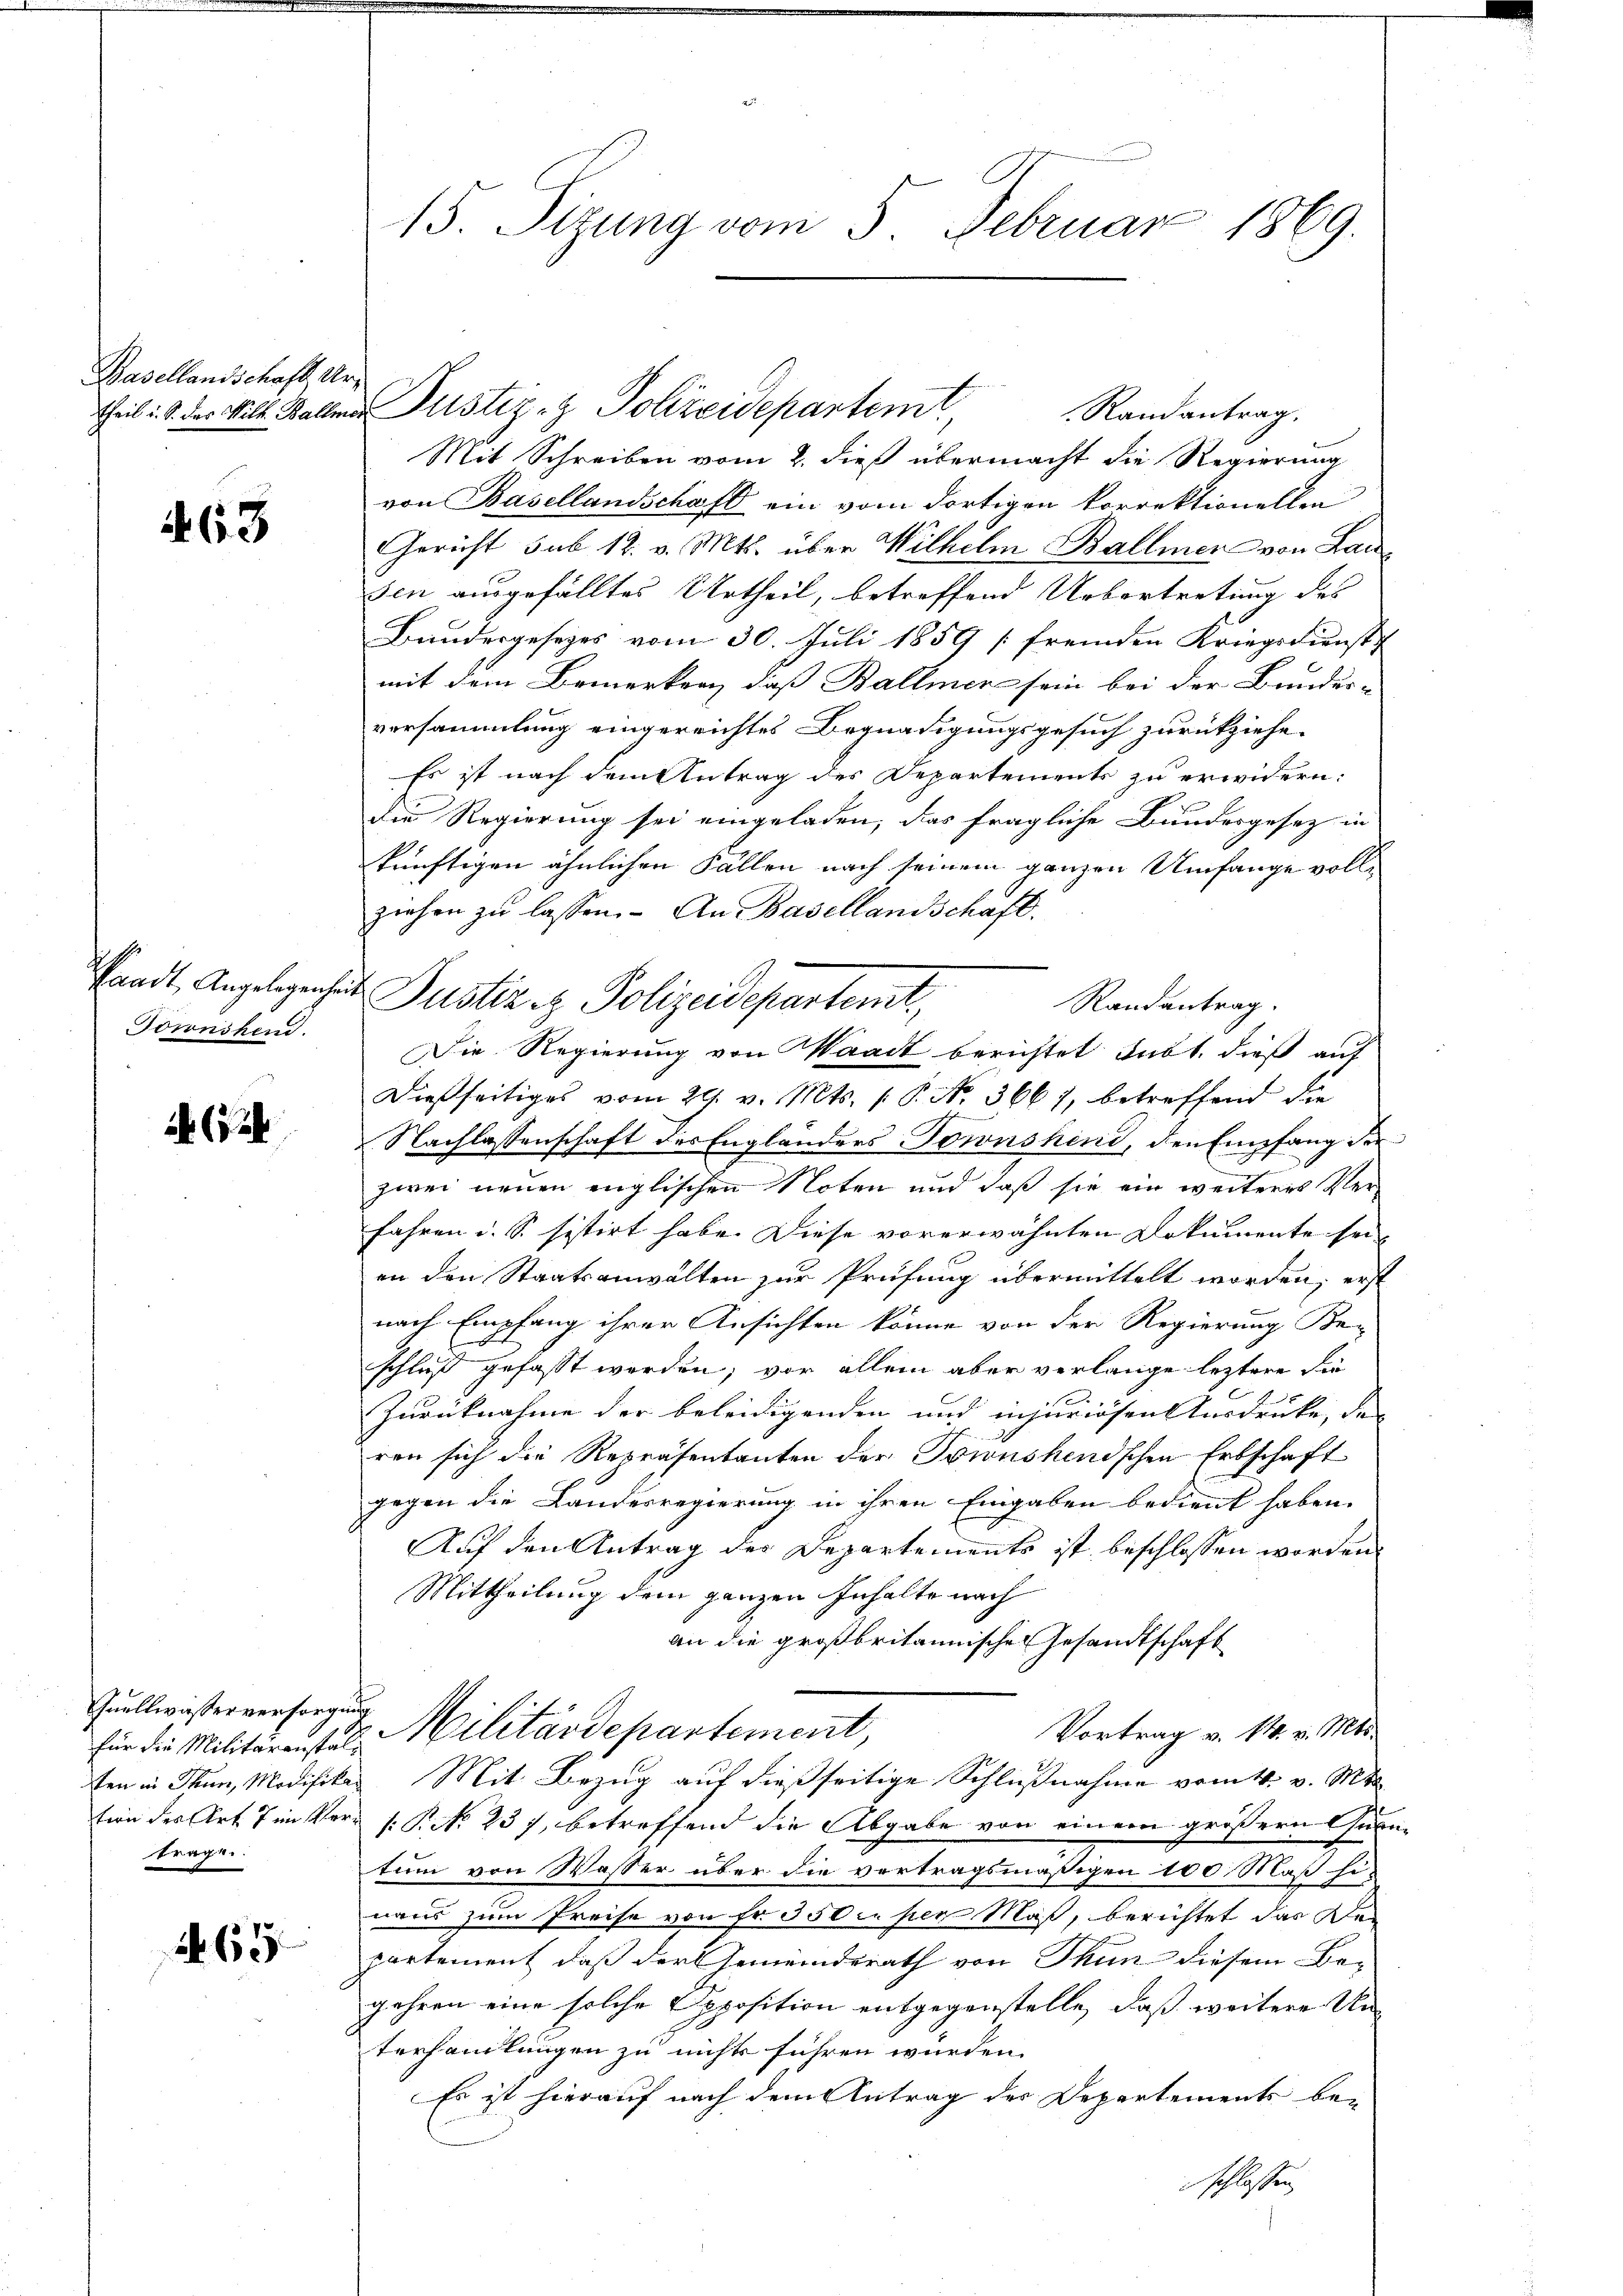
Basellandschaft Ur¬

63

Townskend.

652

Quellwasserversorgung
trage.

63

15. Sizung vom 5. Februar 1869.

Theil i. S. das Will Waller Justiz- & Polizeidepartemt,
Randantrag,
Mit Schreiben vom 2. dieß übermacht die Regierung
von Basellandschaft ein vom dortigen korrektionellen
Gericht sub 12. v. Mts. über Wilhelm Ballmen von Lau
sen ausgefälltes Urtheil, betreffend Uebertretung des
Bundesgesetzes vom 30. Juli 1859 (fremden Kriegsdienste
mit dem Bemerken, daß Ballmer sein bei der Bundes-
versammlung eingereichtes Begnadigungsgesuch zurückziehe.
Es ist nach dem Antrag des Departements zu erwidern:
die Regierung sei eingeladen, das fragliche Bundesgesetz in
künftigen ähnlichen Fällen nach seinem ganzen Umfange vollziehen zu lassen. – An Basellandschaft.
Waadt, Angelegenheit Justiz iz. Polizeidepartemt,
Randantrag.
Die Regierung von Waadt berichtet subt. dieß auf
Dießseitiges vom 29. v. Mts. 1. P. No. 3667, betreffend die
Nachlassenschaft des Engländers Tornshind, den Empfang der
zwei neuen englischen Noten und daß sie ein weiteres Verfahren u. S. sistirt habe. Diese vorerwähnten Dokumente sei
in den Staatsanwalten zur Prüfung übermittelt worden, erst
nach Empfang ihrer Ansichten könne von der Regierung Be-
schluß gefasst worden; vor allein aber verlange leztere Sie
Zurücknahme der beleidigenden und injuriosen Ausdrucke, der
ren sich die Repräsentanten der Toinshendschen Erbschaft
gegen die Landesregierung in ihren Eingaben bedient haben.
Auf den Antrag der Departements ist beschlossen worden.
Mittheilung dem ganzen Inhalte nach
an die großbritannische Gesandtschaft
Vortrag v. 14. v. Mts.
für die Militäreister Militärdepartement,
ten in Thun, Modifikar Mit Bezug auf dießseitige Schlußnahme vom 4. v. Mts.
tion des Art. 7 im Verr P. P. Nr. 231, betreffend die Abgabe von einem größern Quantum von Wasser über die vertragsmäßigen 100 Maß hi-
naus zum Preise von Fr. 3500 per Maß, berichtet das Departement, daß der Gemeinderath von Thun diesem Be-
gehren eine solche Opposition entgegenstelle, daß weitere Unterhandlungen zu nichts führen würden.
Es ist hierauf nach dem Antrag des Departements be-
schlossen